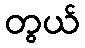
တွယ်